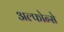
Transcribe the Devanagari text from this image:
अल्फोन्से